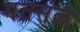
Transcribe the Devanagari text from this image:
मतसल